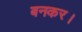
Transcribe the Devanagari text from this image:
बनकर।